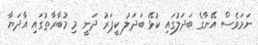
ނަމަވެސް އޭނާގެ ބަދަލުގައި ކުޅޭ ބަދަލު ކީޕަރު ދަނީ މި މުބާރާތުގައި އާދަޔާ